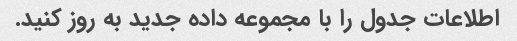
اطلاعات جدول را با مجموعه داده جدید به روز کنید.